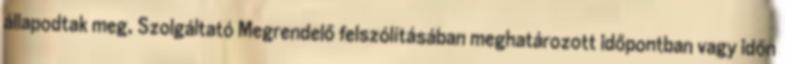
állapodtak meg, Szolgáltató Megrendelő felszólításában meghatározott időpontban vagy időn